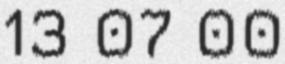
13 07 00